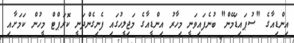
އިންޑިއާގެ "ސުޕައިޑަމޭން" ބުނެފައިވަނީ މިހާރު އިންޑީއާގެ މަޖިލީހުގައި ފެނިގެންދަނީ ކޮރަޕްޓް މީހުން ކަމަށާއި